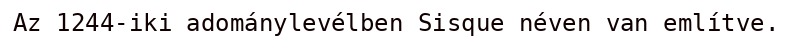
Az 1244-iki adománylevélben Sisque néven van említve.